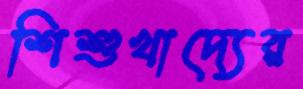
শিশুখাদ্যের